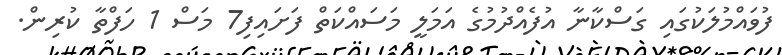
ފުވައްމުލަކުގައި ގަސްކާނާ އުފެއްދުމުގެ އަމަލީ މަސައްކަތް ފަށައިފި7 މަސް 1 ހަފްތާ ކުރިން.